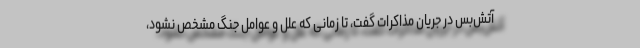
آتش‌بس در جریان مذاکرات گفت، تا زمانی که علل و عوامل جنگ مشخص نشود،